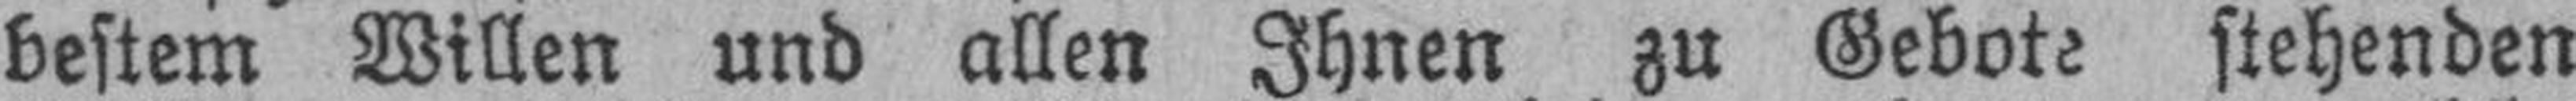
bestem Willen und allen Ihnen zu Gebote stehenden